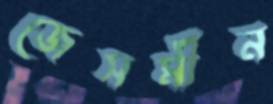
জেসমীন